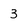
Character: 3